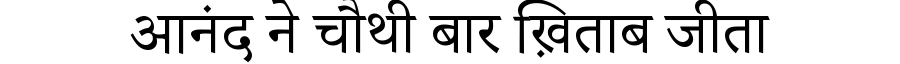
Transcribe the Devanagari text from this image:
आनंद ने चौथी बार ख़िताब जीता